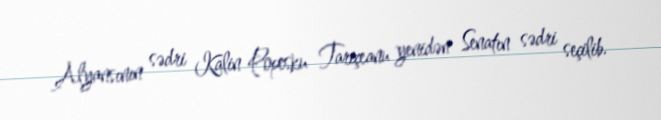
Alyansının sədri Kalin Popesku Tariçeanu yenidən Senatın sədri seçilib.